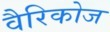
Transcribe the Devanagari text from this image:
वैरिकोज